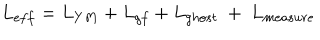
L _ { e f f } = L _ { Y M } + L _ { g f } + L _ { g h o s t } \ + \ L _ { m e a s u r e }